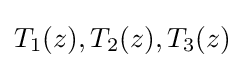
T_{1}(z),T_{2}(z),T_{3}(z)